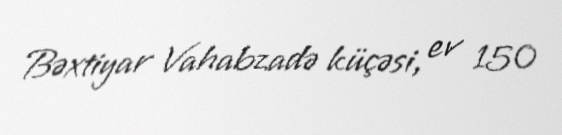
Bəxtiyar Vahabzadə küçəsi, ev 150